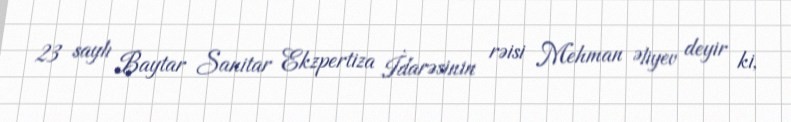
23 saylı Baytar Sanitar Ekzpertiza İdarəsinin rəisi Mehman Əliyev deyir ki,